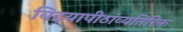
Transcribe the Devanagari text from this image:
विदयापीठांव्यतिरिक्त